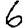
Digit: 6